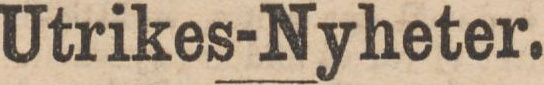
Utrikes-Nyheter.